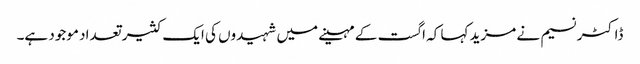
ڈاکٹر نسیم نے مزید کہا کہ اگست کے مہینے میں شہیدوں کی ایک کثیر تعداد موجود ہے۔